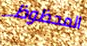
المحظوظ